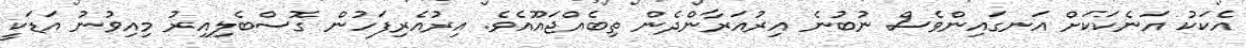
އެކަކު އަނެކަކަށް އަނގައިންވެސް ނުބުނެ އިރުއަރާންދެން ތިބެއްޖައޫއެވެ. އިރުއެރިފަހުން ގޮސްބެލިއިރު މިއިވުނު އަޑަކީ